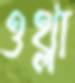
ওথ্‌লা